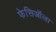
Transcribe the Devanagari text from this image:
फेसिऑला